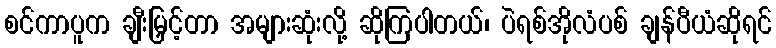
စင်ကာပူက ချီးမြှင့်တာ အများဆုံးလို့ ဆိုကြပါတယ်၊ ပဲရစ်အိုလံပစ် ချန်ပီယံဆိုရင်